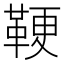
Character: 鞕